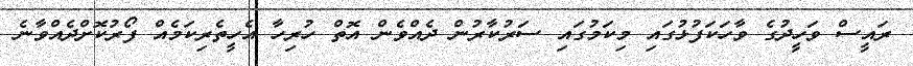
ރައީސް ވަހީދުގެ ވާހަކަފުޅުގައި މިކަމުގައި ސަރުކާރުން ދެއްވެން އޮތް ހުރިހާ އެހީތެރިކަމެއް ފޯރުކޮށްދެއްވާނެ